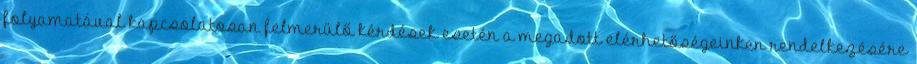
folyamatával kapcsolatosan felmerülő kérdések esetén a megadott elérhetőségeinken rendelkezésére